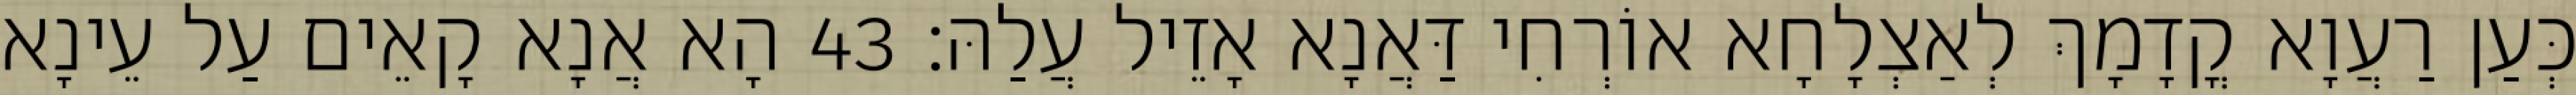
כְּעַן רַעֲוָא קֳדָמָךְ לְאַצְלָחָא אוֹרְחִי דַּאֲנָא אָזֵיל עֲלַהּ׃ 43 הָא אֲנָא קָאֵים עַל עֵינָא